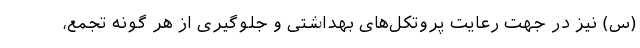
(س) نیز در جهت رعایت پروتکل‌های بهداشتی و جلوگیری از هر گونه تجمع،